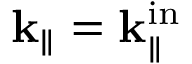
\bf k _ { \mathrm { \parallel } } = \bf k _ { \mathrm { \parallel } } ^ { \mathrm { i n } }